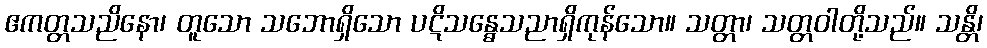
ဧကတ္တသညိနော၊ တူသော သဘောရှိသော ပဋိသန္ဓေသညာရှိကုန်သော။ သတ္တာ၊ သတ္တဝါတို့သည်။ သန္တိ၊